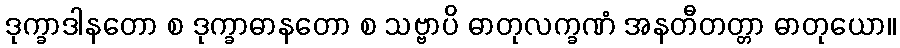
ဒုက္ခာဒါနတော စ ဒုက္ခာဓာနတော စ သဗ္ဗာပိ ဓာတုလက္ခဏံ အနတီတတ္တာ ဓာတုယော။